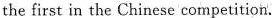
the first in the Chinese competition.